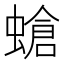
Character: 螥